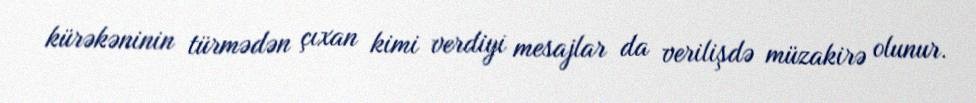
kürəkəninin türmədən çıxan kimi verdiyi mesajlar da verilişdə müzakirə olunur.